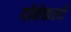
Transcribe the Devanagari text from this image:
गोबेकली